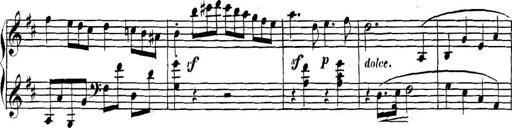
Title: Collected Piano Sonatas
Composer: Muzio Clementi